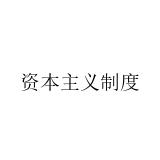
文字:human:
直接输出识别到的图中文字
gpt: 资本主义制度